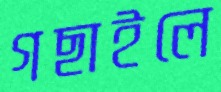
গছাইলে